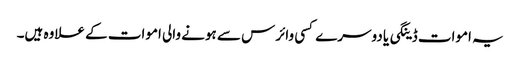
یہ اموات ڈینگی یا دوسرے کسی وائرس سے ہونے والی اموات کے علاوہ ہیں۔